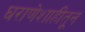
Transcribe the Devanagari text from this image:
घराणेशाहीतून